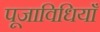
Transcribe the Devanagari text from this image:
पूजाविधियाँ